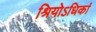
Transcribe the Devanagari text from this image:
श्रियोऽधिकां